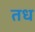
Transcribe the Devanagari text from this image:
तध